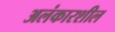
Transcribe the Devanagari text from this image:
अलंकारशील